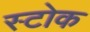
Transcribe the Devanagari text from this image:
स्‍टोक